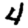
Digit: 4